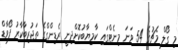
މި ގޯލް މެޗުގެ 54 ވަނަ މިނެޓްގައި ކާމިޔާބުކޮށްދިނީ ރެޑިންގްގެ ތަޖުރިބާކާރު ފޯވާޑް